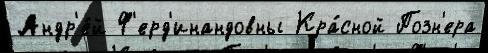
Андр'е́й Ф'ерд'инандовны Кра́сной Позн'ера